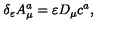
\delta _ { \varepsilon } A _ { \mu } ^ { a } = \varepsilon D _ { \mu } c ^ { a } ,